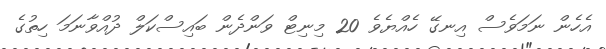
އެެހެން ނަަމަވެސް އިނގޭ ހެއްޔެވެ 20 މިނިޓް ވަންދެން ބައިސްކަލް ދުއްވާނަމަ ހިތުގެ